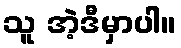
သူ အဲ့ဒီမှာပါ။